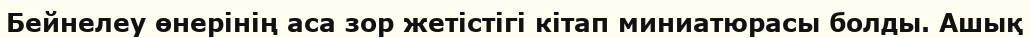
Бейнелеу өнерінің аса зор жетістігі кітап миниатюрасы болды. Ашық